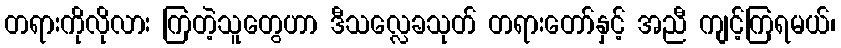
တရားကိုလိုလား ကြတဲ့သူတွေဟာ ဒီသလ္လေခသုတ် တရားတော်နှင့် အညီ ကျင့်ကြရမယ်၊